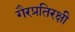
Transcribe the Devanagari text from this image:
गैरप्रतिरक्षी